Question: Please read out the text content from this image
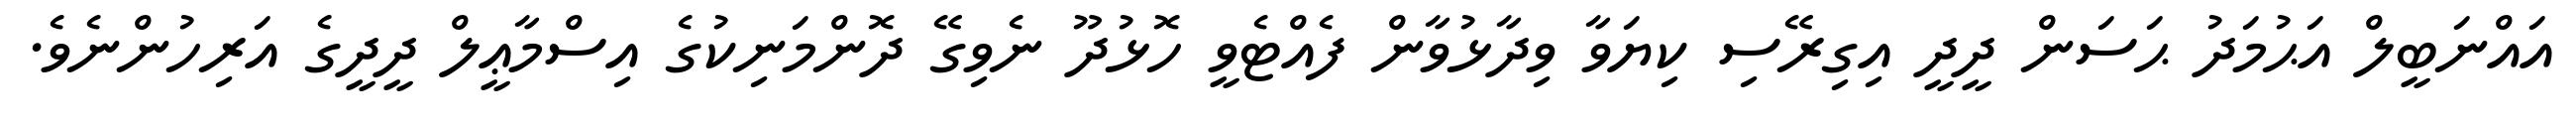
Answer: އައްނަބީލް އަޙުމަދު ޙަސަން ދީދީ އިގިރޭސި ކިޔަވާ ވިދާޅުވާން ފެއްޓެވީ ހޮޅުދޫ ނެވިގޭ ދޮންމަނިކުގެ އިސްމާޢީލް ދީދީގެ އަރިހުންނެވެ.